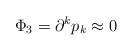
LaTeX: \begin{align*}\Phi _3=\partial ^kp_k\approx 0\end{align*}